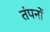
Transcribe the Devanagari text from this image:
तंपनों